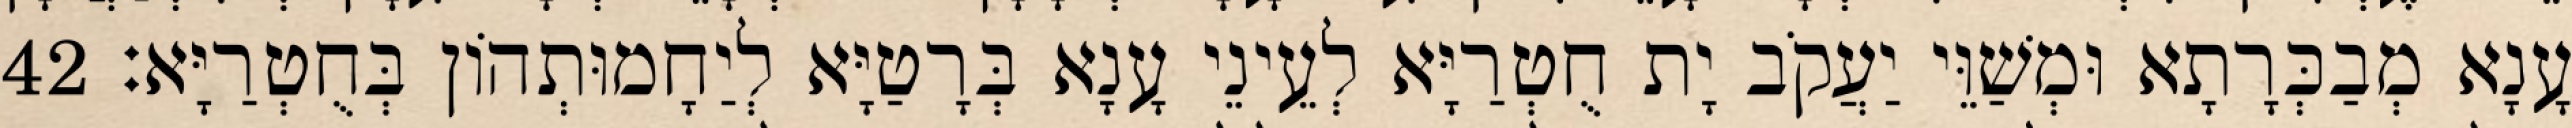
עָנָא מְבַכְּרָתָא וּמְשַׁוֵּי יַעֲקֹב יָת חֻטְרַיָּא לְעֵינֵי עָנָא בְּרָטַיָּא לְיַחָמוּתְהוֹן בְּחֻטְרַיָּא׃ 42